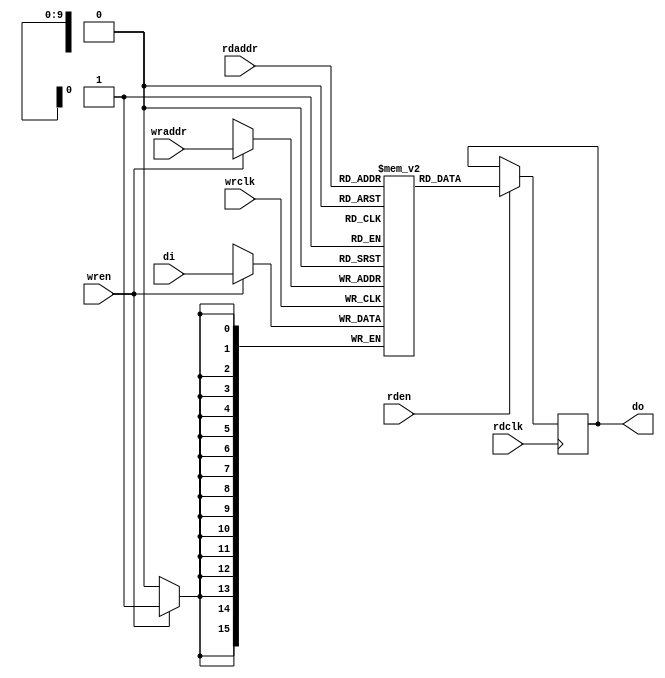
// Copyright (C) 2021  The Symbiflow Authors.
//
// Use of this source code is governed by a ISC-style
// license that can be found in the LICENSE file or at
// https://opensource.org/licenses/ISC
//
// SPDX-License-Identifier: ISC

module ram0(
    // Write port
    input wrclk,
    input [15:0] di,
    input wren,
    input [9:0] wraddr,
    // Read port
    input rdclk,
    input rden,
    input [9:0] rdaddr,
    output reg [15:0] do);

    (* ram_style = "block" *) reg [15:0] ram[0:1023];

    integer i;
    initial begin
        for (i=0; (i<1024); i=(i+1)) begin
            if ( i % 10 == 0)
                ram[i] = 16'b00000000_00000001;
            else if ( i % 10 == 1)
                ram[i] = 16'b10101010_10101010;
            else if ( i % 10 == 2)
                ram[i] = 16'b01010101_01010101;
            else if ( i % 10 == 3)
                ram[i] = 16'b11111111_11111111;
            else if ( i % 10 == 4)
                ram[i] = 16'b11110000_11110000;
            else if ( i % 10 == 5)
                ram[i] = 16'b00001111_00001111;
            else if ( i % 10 == 6)
                ram[i] = 16'b11001100_11001100;
            else if ( i % 10 == 7)
                ram[i] = 16'b00110011_00110011;
            else if ( i % 10 == 8)
                ram[i] = 16'b00000000_00000010;
            else if ( i % 10 == 9)
                ram[i] = 16'b00000000_00000100;
        end
    end

    always @ (posedge wrclk) begin
        if(wren) begin
            ram[wraddr] <= di;
        end
    end

    always @ (posedge rdclk) begin
        if(rden) begin
            do <= ram[rdaddr];
        end
    end
endmodule

module top (
    input  wire clk,

    input  wire rx,
    output wire tx,

    input  wire [15:0] sw,
    output wire [15:0] led
);
    wire rden;
    reg wren;
    wire [9:0] rdaddr;
    wire [9:0] wraddr;
    wire [15:0] di;
    wire [15:0] do;
    ram0 ram(
        .wrclk(clk),
        .di(di),
        .wren(wren),
        .wraddr(wraddr),
        .rdclk(clk),
        .rden(rden),
        .rdaddr(rdaddr),
        .do(do)
    );

    reg [9:0] address_reg;
    reg [15:0] data_reg;
    reg [15:0] out_reg;

    assign rdaddr = address_reg;
    assign wraddr = address_reg;

    // display_mode == 00 -> ram[address_reg]
    // display_mode == 01 -> address_reg
    // display_mode == 10 -> data_reg
    wire [1:0] display_mode;

    // input_mode == 00 -> in[9:0] -> address_reg
    // input_mode == 01 -> in[7:0] -> data_reg[7:0]
    // input_mode == 10 -> in[7:0] -> data_reg[15:8]
    // input_mode == 11 -> data_reg -> ram[address_reg]
    wire [1:0] input_mode;

    // WE == 0 -> address_reg and data_reg unchanged.
    // WE == 1 -> address_reg or data_reg is updated because on input_mode.
    wire we;

    assign display_mode[0] = sw[14];
    assign display_mode[1] = sw[15];

    assign input_mode[0] = sw[12];
    assign input_mode[1] = sw[13];

    assign we = sw[11];
    assign led = out_reg;
    assign di = data_reg;
    assign rden = 1;

    initial begin
        address_reg = 10'b0;
        data_reg = 16'b0;
        out_reg = 16'b0;
    end

    always @ (posedge clk) begin
        if(display_mode == 0) begin
            out_reg <= do;
        end else if(display_mode == 1) begin
            out_reg <= address_reg;
        end else if(display_mode == 2) begin
            out_reg <= data_reg;
        end

        if(input_mode == 0) begin
            address_reg <= sw[9:0];
            wren <= 0;
        end else if(input_mode == 1) begin
            data_reg[7:0] <= sw[7:0];
            wren <= 0;
        end else if(input_mode == 2) begin
            data_reg[15:8] <= sw[7:0];
            wren <= 0;
        end else if(input_mode == 3 && we == 1) begin
            wren <= 1;
        end
    end

    // Uart loopback
    assign tx = rx;
endmodule